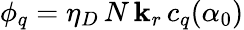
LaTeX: \phi_{q}=\eta_{D}\, N\, \mathbf{k}_{r}\, c_{q}(\alpha_{0})